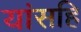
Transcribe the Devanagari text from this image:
यांसहि